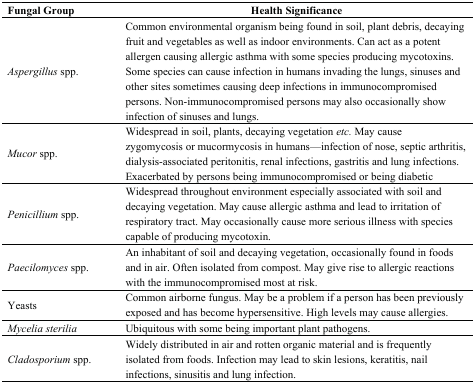
| Fungal Group | Health Significance |
 | --- | --- |
 | Aspergillus spp. | Common environmental organism being found in soil, plant debris, decaying fruit and vegetables as well as indoor environments. Can act as a potent allergen causing allergic asthma with some species producing mycotoxins. Some species can cause infection in humans invading the lungs, sinuses and other sites sometimes causing deep infections in immunocompromised persons. Non-immunocompromised persons may also occasionally show infection of sinuses and lungs. |
 | Mucor spp. | Widespread in soil, plants, decaying vegetation etc. May cause zygomycosis or mucormycosis in humans—infection of nose, septic arthritis, dialysis-associated peritonitis, renal infections, gastritis and lung infections. Exacerbated by persons being immunocompromised or being diabetic |
 | Penicillium spp. | Widespread throughout environment especially associated with soil and decaying vegetation. May cause allergic asthma and lead to irritation of respiratory tract. May occasionally cause more serious illness with species capable of producing mycotoxin. |
 | Paecilomyces spp. | An inhabitant of soil and decaying vegetation, occasionally found in foods and in air. Often isolated from compost. May give rise to allergic reactions with the immunocompromised most at risk. |
 | Yeasts | Common airborne fungus. May be a problem if a person has been previously exposed and has become hypersensitive. High levels may cause allergies. |
 | Mycelia sterilia | Ubiquitous with some being important plant pathogens. |
 | Cladosporium spp. | Widely distributed in air and rotten organic material and is frequently isolated from foods. Infection may lead to skin lesions, keratitis, nail infections, sinusitis and lung infection. |